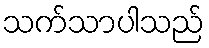
သက်သာပါသည်